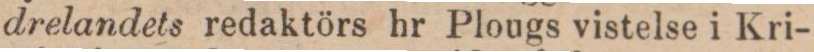
drelandets redaktörs hr Plougs vistelse i Kri-